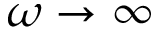
\omega \to \infty